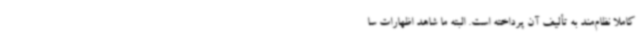
کاملاً نظام‌مند به تألیف آن پرداخته است. البته ما شاهد اظهارات سا